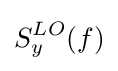
S_{y}^{LO}(f)